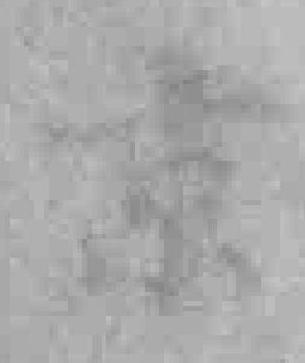
京